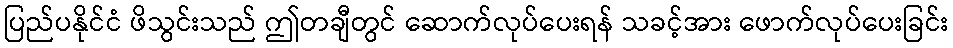
ပြည်ပနိုင်ငံ ဖိသွင်းသည် ဤတချီတွင် ဆောက်လုပ်ပေးရန် သခင့်အား ဖောက်လုပ်ပေးခြင်း